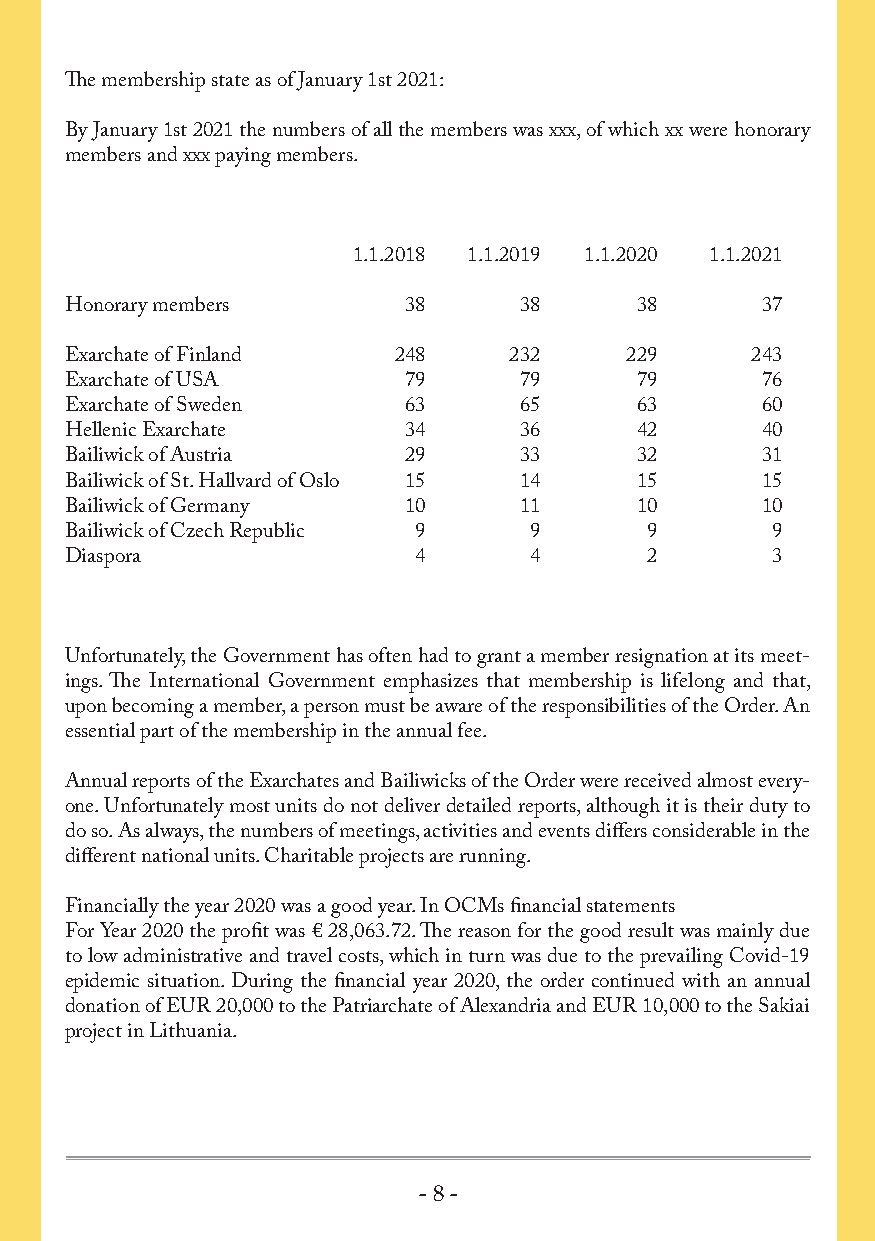
The membership state as of January 1st 2021:
 By January 1st 2021 the numbers of all the members was xxx, of which xx were honorary
 members and xxx paying members.
 1.1.2018 1.1.2019 1.1.2020 1.1.2021
 Honorary members       38     38      38      37
 Exarchate of Finland  248     232    229      243
 Exarchate of USA       79     79      79      76
 Exarchate of Sweden    63     65      63      60
 Hellenic Exarchate     34     36      42      40
 Bailiwick of Austria   29     33      32      31
 Bailiwick of St. Hallvard of Oslo 15 14 15    15
 Bailiwick of Germany   10     11      10      10
 Bailiwick of Czech Republic 9  9       9       9
 Diaspora               4       4       2       3
 Unfortunately, the Government has often had to grant a member resignation at its meet-
 ings. The International Government emphasizes that membership is lifelong and that,
 upon becoming a member, a person must be aware of the responsibilities of the Order. An
 essential part of the membership in the annual fee.
 Annual reports of the Exarchates and Bailiwicks of the Order were received almost every-
 one. Unfortunately most units do not deliver detailed reports, although it is their duty to
 do so. As always, the numbers of meetings, activities and events differs considerable in the
 different national units. Charitable projects are running.
 Financially the year 2020 was a good year. In OCMs financial statements
 For Year 2020 the profit was € 28,063.72. The reason for the good result was mainly due
 to low administrative and travel costs, which in turn was due to the prevailing Covid-19
 epidemic situation. During the financial year 2020, the order continued with an annual
 donation of EUR 20,000 to the Patriarchate of Alexandria and EUR 10,000 to the Sakiai
 project in Lithuania.
 - 8 -